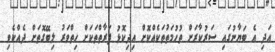
އަދި އެ ބަޔާނުގައި ސަރުކާރަށް ތުހުމަތުތަކެއްކޮށް އިދިކޮޅު ފަރާތްތަކަށް ހިތްވަރު ލިބޭގޮތަށް ދެއްކެވި